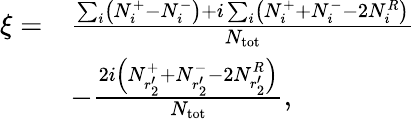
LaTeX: \begin{array}{rl}{\xi=}&{\frac{\sum_{i}\left(N_{i}^{+}-N_{i}^{-}\right)+i\sum_{i}\left(N_{i}^{+}+N_{i}^{-}-2N_{i}^{R}\right)}{N_{\mathrm{tot}}}}\\ &{-\frac{2i\left(N_{r_{2}^{\prime}}^{+}+N_{r_{2}^{\prime}}^{-}-2N_{r_{2}^{\prime}}^{R}\right)}{N_{\mathrm{tot}}},}\end{array}